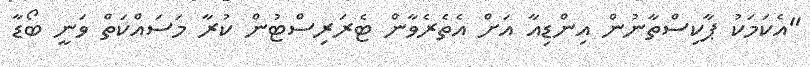
"އެކަމަކު ޕާކިސްތާނުން އިންޑިއާ އަށް އެތެރެވާން ޓެރަރިސްޓުން ކުރާ މަސައްކަތް ވަނީ ބޯޑާ